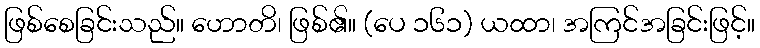
ဖြစ်စေခြင်းသည်။ ဟောတိ၊ ဖြစ်၏။ (ပေ ၁၆၁) ယထာ၊ အကြင်အခြင်းဖြင့်။